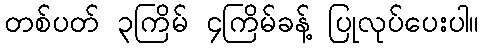
တစ်ပတ် ၃ကြိမ် ၄ကြိမ်ခန့် ပြုလုပ်ပေးပါ။